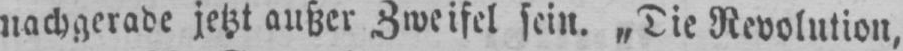
nachgerade jetzt außer Zweifel sein. „Die Revolution,